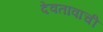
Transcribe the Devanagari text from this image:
देवतावाची